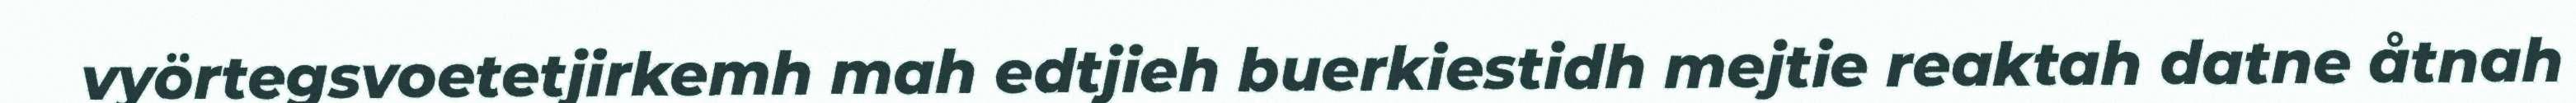
vyörtegsvoetetjirkemh mah edtjieh buerkiestidh mejtie reaktah datne åtnah